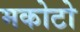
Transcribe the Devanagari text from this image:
मकोटो